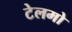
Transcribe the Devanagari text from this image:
टेलमो